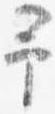
予